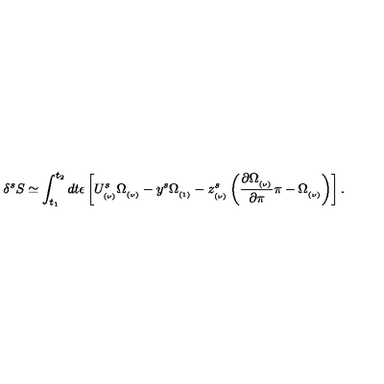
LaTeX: \delta ^ { s } S \simeq \int _ { t _ { 1 } } ^ { t _ { 2 } } d t \epsilon \left[ U _ { _ { ( \nu ) } } ^ { s } \Omega _ { _ { ( \nu ) } } - y ^ { s } \Omega _ { _ { ( 1 ) } } - z _ { _ { ( \nu ) } } ^ { s } \left( { \frac { \partial \Omega _ { _ { ( \nu ) } } } { \partial \pi } } \pi - \Omega _ { _ { ( \nu ) } } \right) \right] .